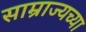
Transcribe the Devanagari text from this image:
साम्राज्यच्या